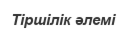
Тіршілік әлемі